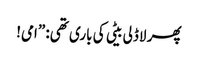
پھر لاڈلی بیٹی کی باری تھی: ”امی!